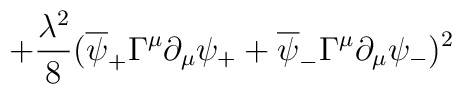
+{\lambda^2\over 8}(\overline{\psi}_+\Gamma^{\mu}\partial_{\mu}\psi_+ +\overline{\psi}_-\Gamma^{\mu}\partial_{\mu}\psi_-)^2